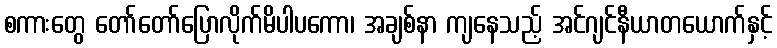
စကားတွေ တော်တော်ပြောလိုက်မိပါပကော၊ အချစ်နာ ကျနေသည့် အင်ဂျင်နီယာတယောက်နှင့်